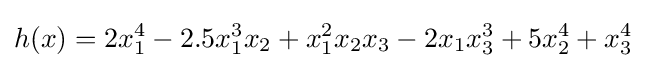
h(x)=2x_{1}^{4}-2.5x_{1}^{3}x_{2}+x_{1}^{2}x_{2}x_{3}-2x_{1}x_{3}^{3}+5x_{2}^{4}+x_{3}^{4}